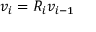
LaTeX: v _ { i } = R _ { i } v _ { i - 1 }